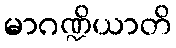
မာဂဏ္ဍိယာတိ